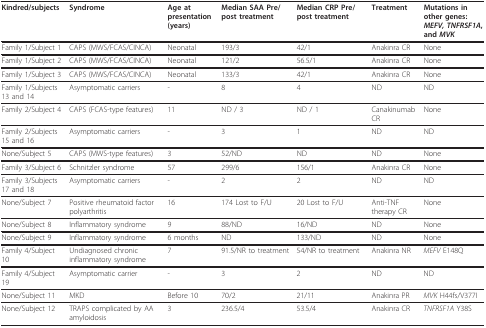
<table><thead><tr><td><b>Kindred/subjects</b></td><td><b>Syndrome</b></td><td><b>Age at presentation (years)</b></td><td><b>Median SAA Pre/post treatment</b></td><td><b>Median CRP Pre/post treatment</b></td><td><b>Treatment</b></td><td><b>Mutations in other genes: <i>MEFV, TNFRSF1A</i>, and <i>MVK</i></b></td></tr></thead><tbody><tr><td>Family 1/Subject 1</td><td>CAPS (MWS/FCAS/CINCA)</td><td>Neonatal</td><td>193/3</td><td>42/1</td><td>Anakinra CR</td><td>None</td></tr><tr><td>Family 1/Subject 2</td><td>CAPS (MWS/FCAS/CINCA)</td><td>Neonatal</td><td>121/2</td><td>56.5/1</td><td>Anakinra CR</td><td>None</td></tr><tr><td>Family 1/Subject 3</td><td>CAPS (MWS/FCAS/CINCA)</td><td>Neonatal</td><td>133/3</td><td>42/1</td><td>Anakinra CR</td><td>None</td></tr><tr><td>Family 1/Subjects 13 and 14</td><td>Asymptomatic carriers</td><td>-</td><td>8</td><td>4</td><td>ND</td><td>ND</td></tr><tr><td>Family 2/Subject 4</td><td>CAPS (FCAS-type features)</td><td>11</td><td>ND / 3</td><td>ND / 1</td><td>Canakinumab CR</td><td>None</td></tr><tr><td>Family 2/Subjects 15 and 16</td><td>Asymptomatic carriers</td><td>-</td><td>3</td><td>1</td><td>ND</td><td>ND</td></tr><tr><td>None/Subject 5</td><td>CAPS (MWS-type features)</td><td>3</td><td>52/ND</td><td>ND</td><td>ND</td><td>None</td></tr><tr><td>Family 3/Subject 6</td><td>Schnitzler syndrome</td><td>57</td><td>299/6</td><td>156/1</td><td>Anakinra CR</td><td>None</td></tr><tr><td>Family 3/Subjects 17 and 18</td><td>Asymptomatic carriers</td><td>-</td><td>2</td><td>2</td><td>ND</td><td>ND</td></tr><tr><td>None/Subject 7</td><td>Positive rheumatoid factor polyarthritis</td><td>16</td><td>174 Lost to F/U</td><td>20 Lost to F/U</td><td>Anti-TNF therapy CR</td><td>None</td></tr><tr><td>None/Subject 8</td><td>Inflammatory syndrome</td><td>9</td><td>88/ND</td><td>16/ND</td><td>ND</td><td>None</td></tr><tr><td>None/Subject 9</td><td>Inflammatory syndrome</td><td>6 months</td><td>ND</td><td>133/ND</td><td>ND</td><td>None</td></tr><tr><td>Family 4/Subject 10</td><td>Undiagnosed chronic inflammatory syndrome</td><td>7</td><td>91.5/NR to treatment</td><td>54/NR to treatment</td><td>Anakinra NR</td><td><i>MEFV </i>E148Q</td></tr><tr><td>Family 4/Subject 19</td><td>Asymptomatic carrier</td><td>-</td><td>3</td><td>2</td><td>ND</td><td>ND</td></tr><tr><td>None/Subject 11</td><td>MKD</td><td>Before 10</td><td>70/2</td><td>21/11</td><td>Anakinra PR</td><td><i>MVK </i>H44fs/V377I</td></tr><tr><td>None/Subject 12</td><td>TRAPS complicated by AA amyloidosis</td><td>3</td><td>236.5/4</td><td>53.5/4</td><td>Anakinra CR</td><td><i>TNFRSF1A </i>Y38S</td></tr></tbody></table>